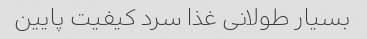
بسیار طولانی غذا سرد کیفیت پایین